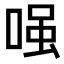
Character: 𠷣